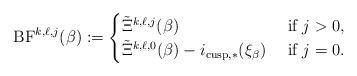
LaTeX: \begin{align*}\mathrm{BF}^{k,\ell,j}(\beta):=\begin{cases}\tilde{\Xi}^{k,\ell,j}(\beta) & \textup{ if $j > 0$},\\\tilde{\Xi}^{k,\ell ,0}(\beta)-i_{\mathrm{cusp},*}(\xi_\beta) & \textup{ if $j=0$}.\end{cases}\end{align*}